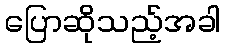
ပြောဆိုသည့်အခါ